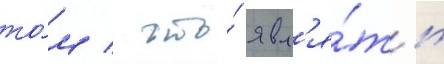
то́м / что́ явл'я́ть